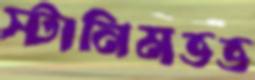
স্টানিমভভ